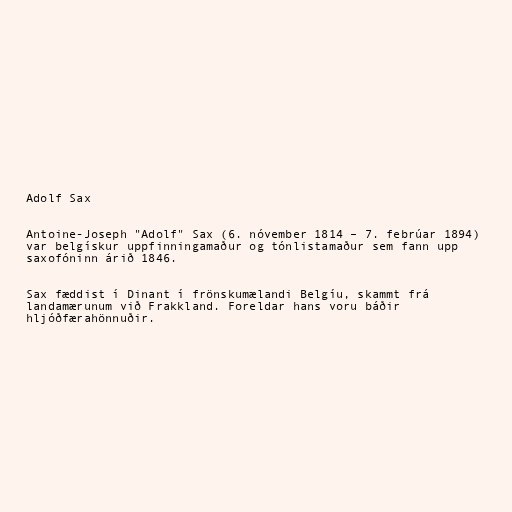
Adolf Sax

Antoine-Joseph "Adolf" Sax (6. nóvember 1814 – 7. febrúar 1894)
var belgískur uppfinningamaður og tónlistamaður sem fann upp
saxofóninn árið 1846.

Sax fæddist í Dinant í frönskumælandi Belgíu, skammt frá
landamærunum við Frakkland. Foreldar hans voru báðir
hljóðfærahönnuðir.